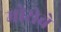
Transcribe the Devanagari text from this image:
मोरोबे